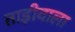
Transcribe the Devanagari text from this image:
ताड़ीवाला